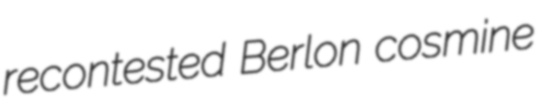
recontested Berlon cosmine